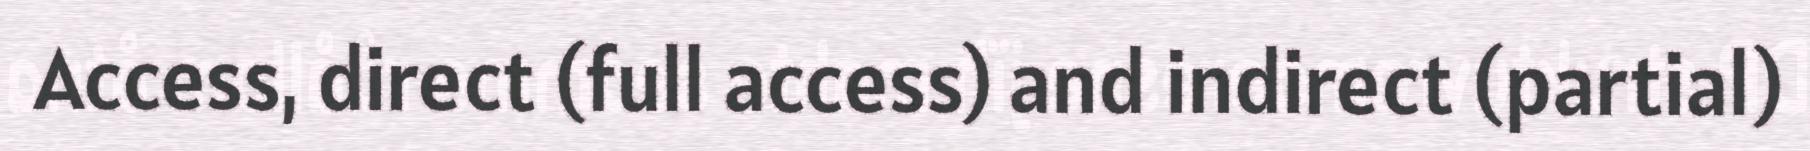
Access, direct (full access) and indirect (partial)